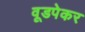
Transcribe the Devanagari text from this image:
वूडपेकर